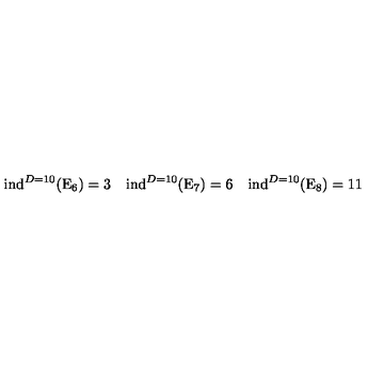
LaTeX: \mathrm { i n d } ^ { D = 1 0 } ( \mathrm { E } _ { 6 } ) = 3 \quad \mathrm { i n d } ^ { D = 1 0 } ( \mathrm { E } _ { 7 } ) = 6 \quad \mathrm { i n d } ^ { D = 1 0 } ( \mathrm { E } _ { 8 } ) = 1 1